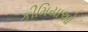
કીમિયાઓ